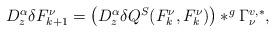
LaTeX: \begin{align*}\begin{array}{ll}D^{\alpha}_z\delta F^{\nu}_{k+1}=\left( D^{\alpha}_z\delta Q^S(F^{\nu}_{k},F^{\nu}_{k})\right) \ast^g \Gamma^{v,*}_{\nu},\end{array}\end{align*}